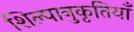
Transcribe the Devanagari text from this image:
शिल्पानुकृतियाँ